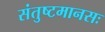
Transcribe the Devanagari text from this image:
संतुष्टमानसः